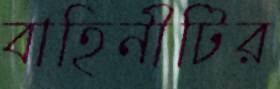
বাহিনীটির